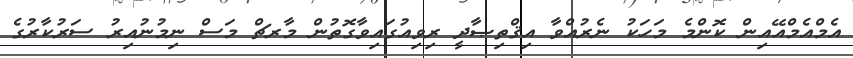
އެމްއެމްއޭއިން ކޮންމެ މަހަކު ނެރުއްވާ އިޤްތިޞާދީ ރިވިއުގައިވާގޮތުން މާރޗް މަސް ނިމުނުއިރު ސަރުކާރުގެ